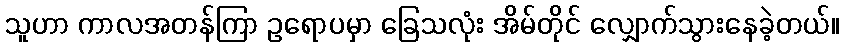
သူဟာ ကာလအတန်ကြာ ဥရောပမှာ ခြေသလုံး အိမ်တိုင် လျှောက်သွားနေခဲ့တယ်။